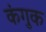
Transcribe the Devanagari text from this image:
कंगुक